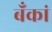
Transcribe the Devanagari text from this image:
बँकां